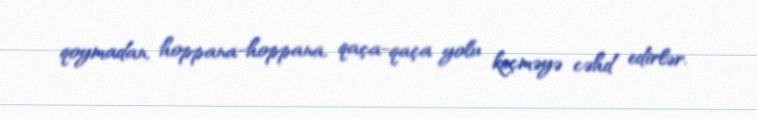
qoymadan, hoppana-hoppana, qaça-qaça yolu keçməyə cəhd edirlər.